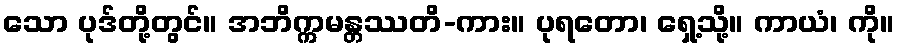
သော ပုဒ်တို့တွင်။ အဘိက္ကမန္တဿတိ-ကား။ ပုရတော၊ ရှေ့သို့။ ကာယံ၊ ကို။